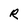
Character: R